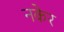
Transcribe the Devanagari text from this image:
नकेर